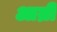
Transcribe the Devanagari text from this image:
आम्री